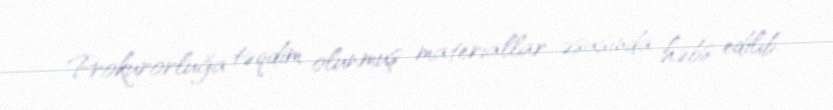
Prokurorluğa təqdim olunmuş materiallar əsasında həbs edilib.